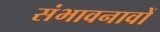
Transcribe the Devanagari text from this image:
संभावनावों